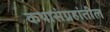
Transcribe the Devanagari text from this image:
कथासंग्रहांतील